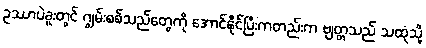
ဥဿာပဲခူးတွင် ဂျွမ်းစစ်သည်တွေကို အောင်နိုင်ပြီးကတည်းက ဗျတ္တသည် သထုံသို့